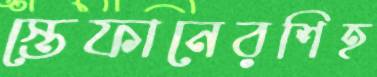
স্তেফানেরশিহ